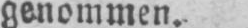
genommen.